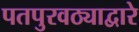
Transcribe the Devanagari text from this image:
पतपुरवठ्याद्वारे